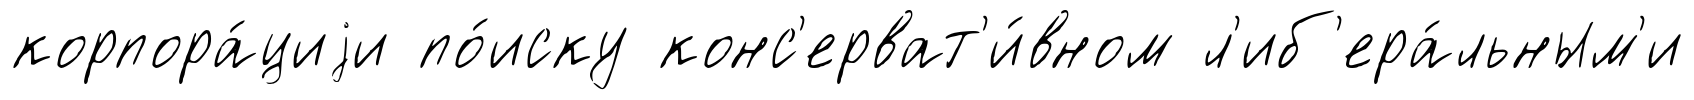
корпора́циjи по́иску конс'ерват'и́вном л'иб'ера́льным'и